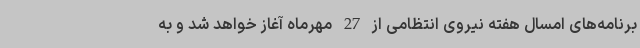
برنامه‌های امسال هفته نیروی انتظامی از 27 مهرماه آغاز خواهد شد و به